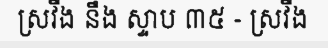
ស្រវឹង នឹង ស្ទាប ៣៥ - ស្រវឹង